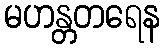
မဟန္တတရေန